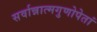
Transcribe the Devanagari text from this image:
सर्वान्नात्मगुणोपेतां